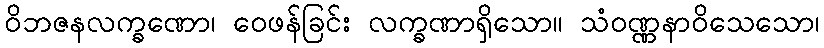
ဝိဘဇနလက္ခဏော၊ ဝေဖန်ခြင်း လက္ခဏာရှိသော။ သံဝဏ္ဏနာဝိသေသော၊